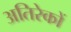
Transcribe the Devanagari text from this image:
अतिरेकों